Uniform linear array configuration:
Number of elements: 8
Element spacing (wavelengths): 0.25
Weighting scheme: blackman
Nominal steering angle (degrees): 30
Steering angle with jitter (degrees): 30.715
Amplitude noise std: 0.05
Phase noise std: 0.05

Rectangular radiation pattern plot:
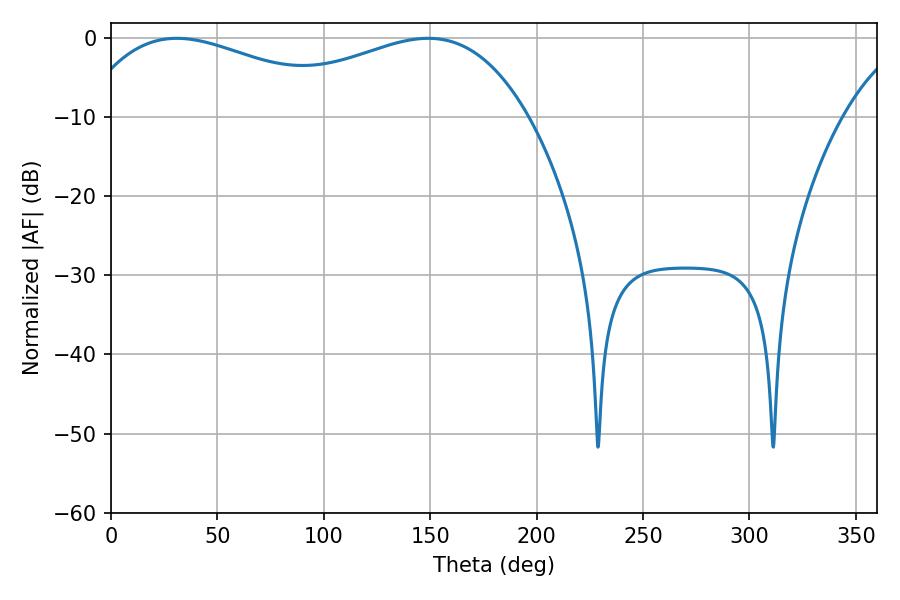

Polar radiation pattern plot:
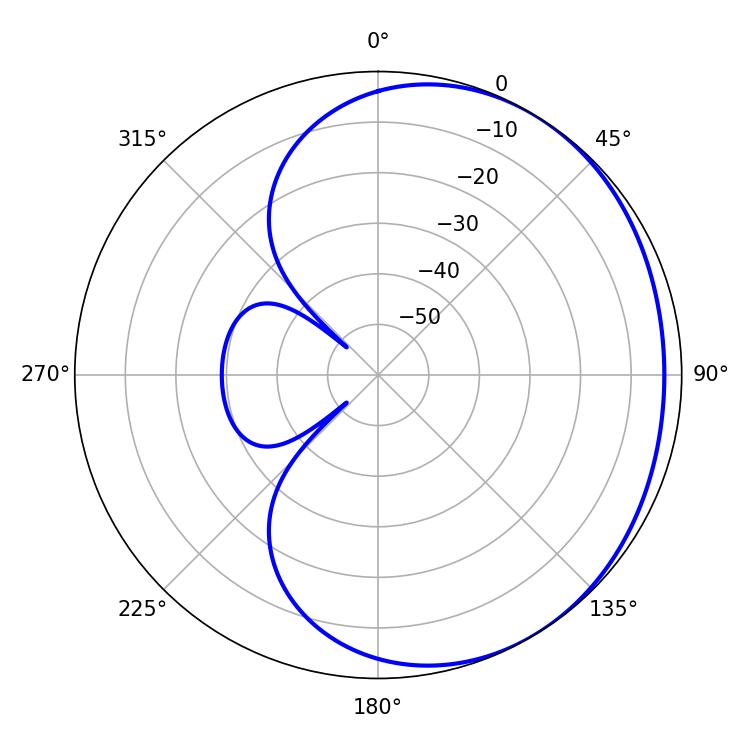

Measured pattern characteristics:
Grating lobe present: FALSE
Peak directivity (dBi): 1.693
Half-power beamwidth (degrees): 72.36
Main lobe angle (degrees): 30.96